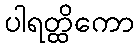
ပါရတ္ထိကော